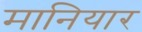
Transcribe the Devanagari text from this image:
मानियार